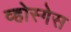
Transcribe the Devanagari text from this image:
व्होस्गेस